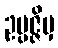
ဥပ္ပဇ္ဇိမှ